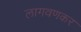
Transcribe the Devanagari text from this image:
लागवणकर